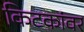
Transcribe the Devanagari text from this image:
किटकांवर